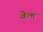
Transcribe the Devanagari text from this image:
बेल्म